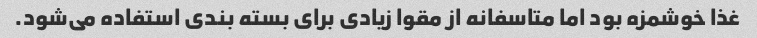
غذا خوشمزه بود اما متاسفانه از مقوا زیادی برای بسته بندی استفاده می‌شود.